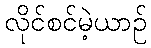
လိုင်စင်မဲ့ယာဉ်